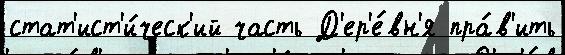
стат'ист'и́ческ'ий часть Д'ер'е́вн'я пра́в'ить